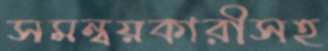
সমন্বয়কারীসহ